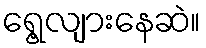
ရွေ့လျားနေဆဲ။